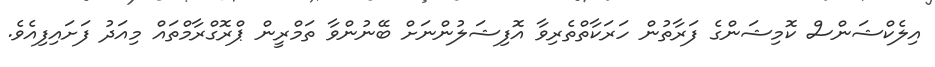
އިލެކްޝަންސް ކޮމިޝަންގެ ފަރާތުން ހަރަކާތްތެރިވާ އޮފިޝަލުންނަށް ބޭނުންވާ ތަމްރީން ޕްރޮގްރާމްތައް މިއަދު ފަށައިފިއެވެ.